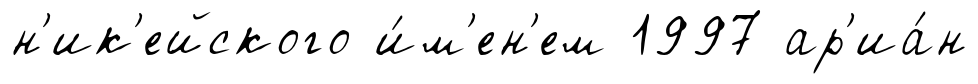
н'ик'ейского и́м'ен'ем 1997 ар'иа́н